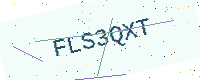
Text: FLS3QXT